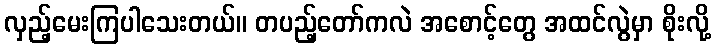
လှည့်မေးကြပါသေးတယ်။ တပည့်တော်ကလဲ အစောင့်တွေ အထင်လွဲမှာ စိုးလို့